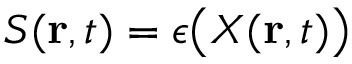
S ( \mathbf { r } , t ) = \epsilon \bigl ( X ( \mathbf { r } , t ) \bigr )